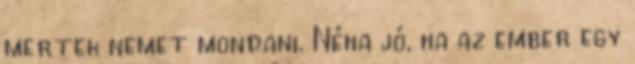
mertek nemet mondani. Néha jó, ha az ember egy